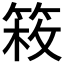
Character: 𥯍